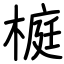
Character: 榳